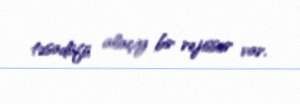
təsadüfü alaçiy bir rejissor var.